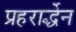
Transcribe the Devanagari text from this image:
प्रहरार्द्धेन